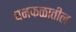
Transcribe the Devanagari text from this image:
घनफळातील